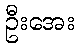
ဦးအေး